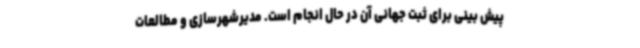
پیش بینی برای ثبت جهانی آن در حال انجام است. مدیرشهرسازی و مطالعات